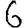
Digit: 6